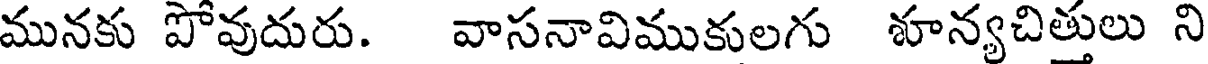
మునకు పోవుదురు. వాసనావిముకులగు శూన్యచిత్తులు ని